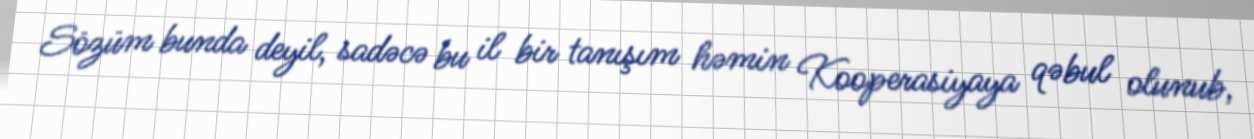
Sözüm bunda deyil, sadəcə bu il bir tanışım həmin Kooperasiyaya qəbul olunub,